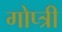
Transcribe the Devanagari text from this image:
गोप्त्री